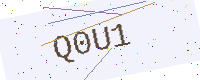
Text: Q0U1